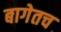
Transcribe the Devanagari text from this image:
बागेतच